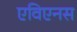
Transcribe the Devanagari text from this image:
एविएनस